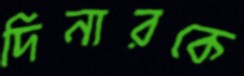
দিনারকে